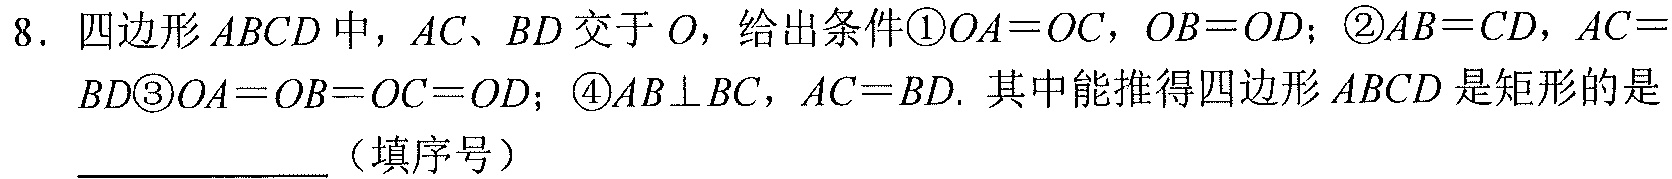
8. 四边形 \(ABCD\) 中，\(AC、BD\) 交于 \(O\)，给出条件\textcircled{1}\(OA = OC\)，\(OB = OD\)；\textcircled{2}\(AB = CD\)，\(AC = \)
\(BD\)\textcircled{3}\(OA = OB = OC = OD\)；\textcircled{4}\(AB\perp BC\)，\(AC = BD\). 其中能推得四边形 \(ABCD\) 是矩形的是
  （填序号）